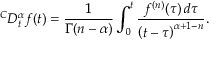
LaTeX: { } ^ { C } D _ { t } ^ { \alpha } f ( t ) = { \frac { 1 } { \Gamma ( n - \alpha ) } } \int _ { 0 } ^ { t } { \frac { f ^ { ( n ) } ( \tau ) \, d \tau } { \left( t - \tau \right) ^ { \alpha + 1 - n } } } .